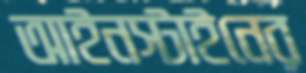
আইনস্টাইনের